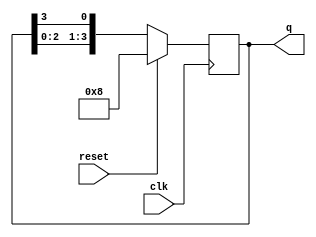
module ring_counter (
    input wire clk,         // Clock input
    input wire reset,       // Synchronous reset input
    output reg [3:0] q      // 4-bit output representing the state of the counter
);

// Initial state of the ring counter
initial begin
    q = 4'b1000; // Start with the first flip-flop set to '1'
end

// Always block triggered on the rising edge of the clock
always @(posedge clk) begin
    if (reset) begin
        q <= 4'b1000; // Reset to initial state
    end else begin
        // Shift the '1' to the next flip-flop
        q <= {q[2:0], q[3]}; // Shift left and wrap around
    end
end

endmodule